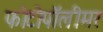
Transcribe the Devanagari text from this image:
फोटोपॉलीमर